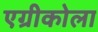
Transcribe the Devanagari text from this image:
एग्रीकोला